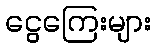
ငွေကြေးများ